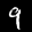
Label: 9